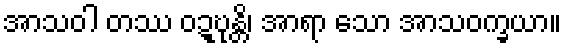
အာသဝါ တဿ ဝဍ္ဎုန္တိ၊ အာရာ သော အာသဝက္ခယာ။